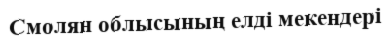
Смолян облысының елді мекендері